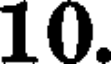
10.